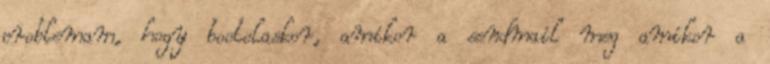
problemam, hogy bootolaskor, amikor a sendmail meg amikor a